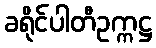
ခရိုင်ပါတီဥက္ကဋ္ဌ